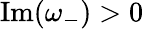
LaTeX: \operatorname{Im}(\omega_{-})>0